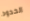
الحدود